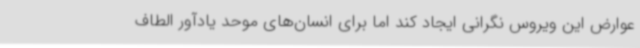
عوارض این ویروس نگرانی ایجاد کند اما برای انسان‌های موحد یادآور الطاف